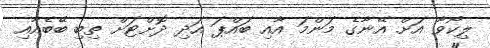
ލިކޯވާ އަށް އޭނާގެ މަންމަ އާއި ބައްޕަ އަދި ދޮށްޓަށް ތިބި ބޭބެއާއި